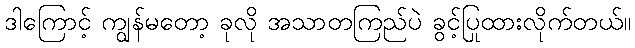
ဒါကြောင့် ကျွန်မတော့ ခုလို အသာတကြည်ပဲ ခွင့်ပြုထားလိုက်တယ်။